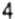
4